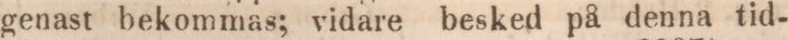
genast bekommas; vidare besked på denna tid-